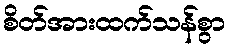
စိတ်အားထက်သန်စွာ